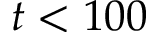
t < 1 0 0